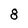
Character: 8